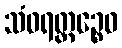
သံဝရတ္ထဉ္စေဝ